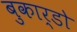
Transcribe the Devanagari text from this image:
बुकार्डो